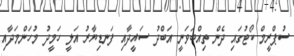
ސުޕްރީމް ކޯޓުގައި ދެން ތިއްބަވަނީ އަބްދު ސައީދާއި ފަނޑިޔާރު އަލީ ހަމީދު މުހަންމަަދާއި